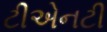
ટીએનટી